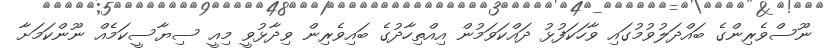
ނޫސްވެރިންގެ ބައްދަލުވުމުގައި ވާހަކަފުޅު ދައްކަވަމުން އިއްތިހާދުގެ ބައިވެރިން ވިދާޅުވީ މިއީ ސިޔާސީކަމެއް ނޫންކަމަށާ